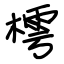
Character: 樗